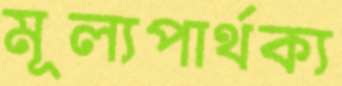
মূল্যপার্থক্য